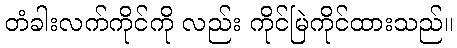
တံခါးလက်ကိုင်ကို လည်း ကိုင်မြဲကိုင်ထားသည်။